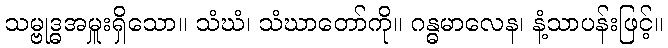
သမ္ဗုဒ္ဓအမှူးရှိသော။ သံဃံ၊ သံဃာတော်ကို။ ဂန္ဓမာလေန၊ နံ့သာပန်းဖြင့်။